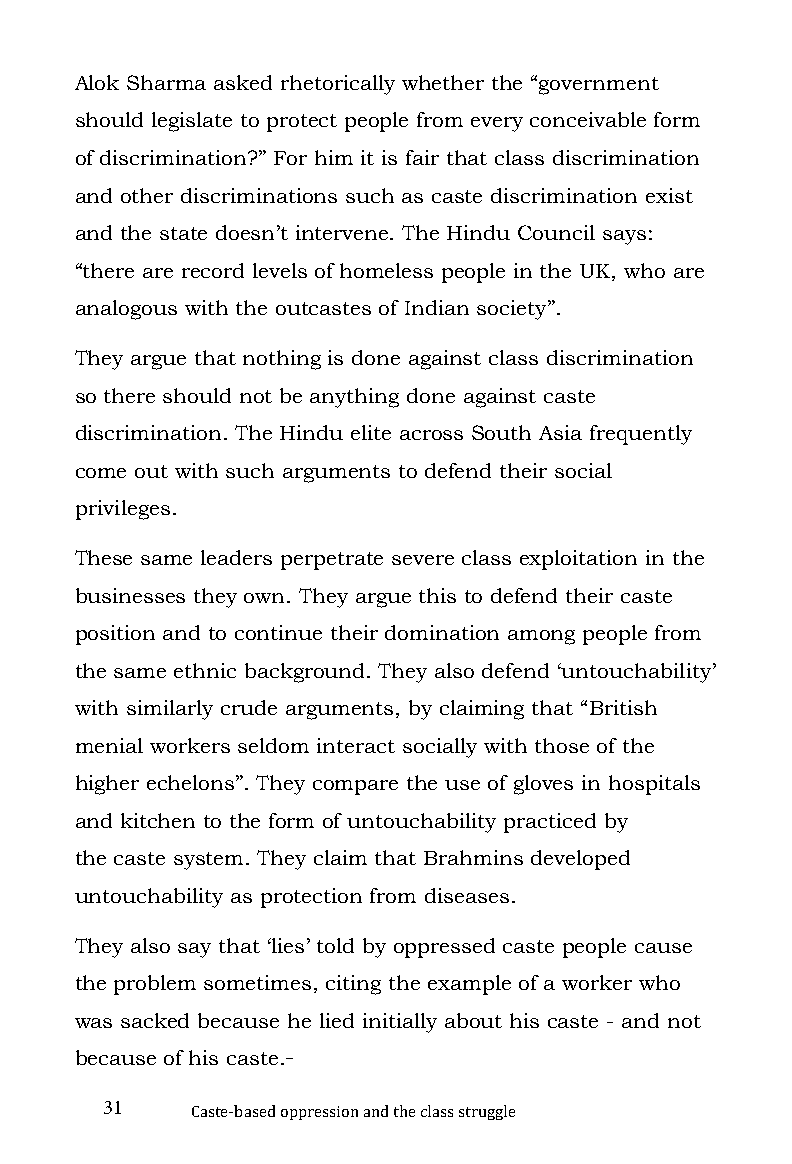
Alok Sharma asked rhetorically whether the “government
 should legislate to protect people from every conceivable form
 of discrimination?” For him it is fair that class discrimination
 and other discriminations such as caste discrimination exist
 and the state doesn’t intervene. The Hindu Council says:
 “there are record levels of homeless people in the UK, who are
 analogous with the outcastes of Indian society”.
 They argue that nothing is done against class discrimination
 so there should not be anything done against caste
 discrimination. The Hindu elite across South Asia frequently
 come out with such arguments to defend their social
 privileges.
 These same leaders perpetrate severe class exploitation in the
 businesses they own. They argue this to defend their caste
 position and to continue their domination among people from
 the same ethnic background. They also defend ‘untouchability’
 with similarly crude arguments, by claiming that “British
 menial workers seldom interact socially with those of the
 higher echelons”. They compare the use of gloves in hospitals
 and kitchen to the form of untouchability practiced by
 the caste system. They claim that Brahmins developed
 untouchability as protection from diseases.
 They also say that ‘lies’ told by oppressed caste people cause
 the problem sometimes, citing the example of a worker who
 was sacked because he lied initially about his caste - and not
 because of his caste.
 31
 Caste-based oppression and the class struggle